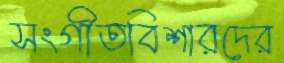
সংগীতবিশারদের